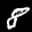
Label: 8